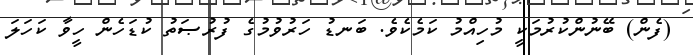
(ފެން) ބޭނުންކުރުމަކީ މުހިއްމު ކަމެކެވެ. ބަނޑު ހަރުވުމުގެ ފުރުޞަތު ކުޑަހެން ހީވާ ކަހަލަ